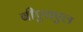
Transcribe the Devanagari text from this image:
बीएचएल